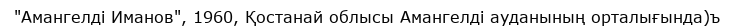
"Амангелді Иманов", 1960, Қостанай облысы Амангелді ауданының орталығында)ъ